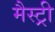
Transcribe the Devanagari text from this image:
मैस्ट्री